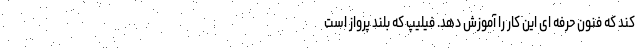
کند که فنون حرفه ای این کار را آموزش دهد. فیلیپ که بلند پرواز است